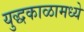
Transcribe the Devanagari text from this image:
युद्धकाळामध्ये